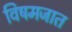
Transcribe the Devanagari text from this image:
विषमजात